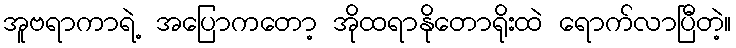
အူဗရာကာရဲ့ အပြောကတော့ အိုထရာနိုတောရိုးထဲ ရောက်လာပြီတဲ့။